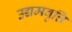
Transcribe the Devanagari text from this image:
उद्यमवृत्ति